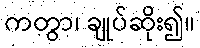
ကတွာ၊ ချုပ်ဆိုး၍။